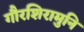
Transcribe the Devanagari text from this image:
गौरशिरामुनि